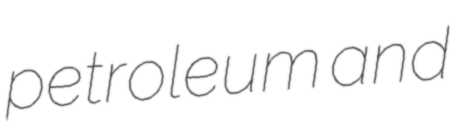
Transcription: petroleum and